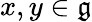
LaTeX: x,y\in{\mathfrak{g}}